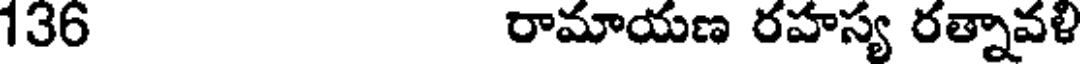
136 రామాయణ రహస్య రత్నావళి